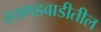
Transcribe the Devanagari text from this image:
हतगडवाडीतील